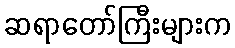
ဆရာတော်ကြီးများက